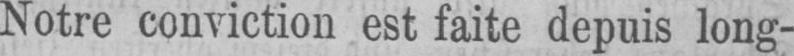
Notre conviction est faite depuis long-